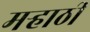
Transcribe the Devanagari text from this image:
मर्‍हाठी